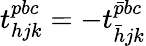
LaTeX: t_{hjk}^{pbc}=-t_{\bar{h}jk}^{\bar{p}bc}